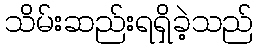
သိမ်းဆည်းရရှိခဲ့သည်